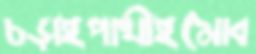
চড়াইপাখীইমোব